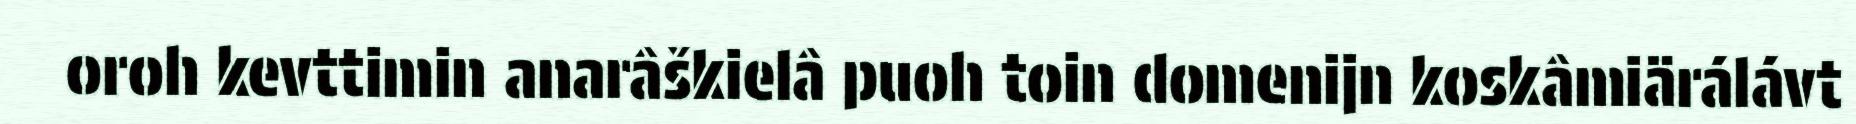
oroh kevttimin anarâškielâ puoh toin domenijn koskâmiärálávt